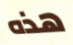
هذه